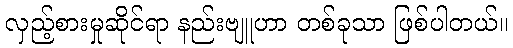
လှည့်စားမှုဆိုင်ရာ နည်းဗျူဟာ တစ်ခုသာ ဖြစ်ပါတယ်။